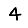
Digit: 4